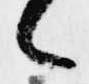
候